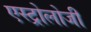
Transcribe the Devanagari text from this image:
एस्ट्रोलोजी